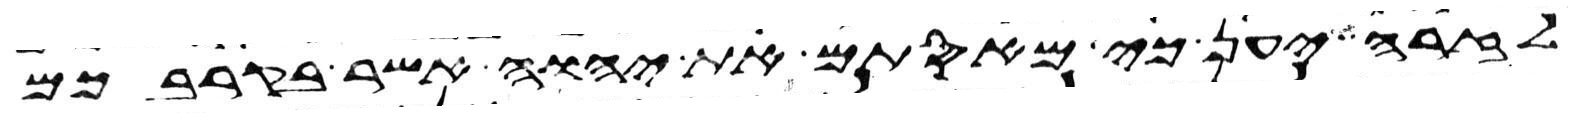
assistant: לזרה יען כי מאסתם את יהוה אשר בקרבכם